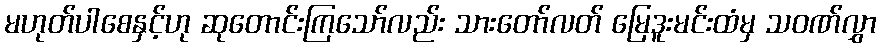
မဟုတ်ပါစေနှင့်ဟု ဆုတောင်းကြသော်လည်း သားတော်လတ် မြေဒူးမင်းထံမှ သဝဏ်လွှာ